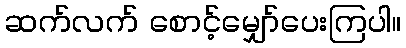
ဆက်လက် စောင့်မျှော်ပေးကြပါ။